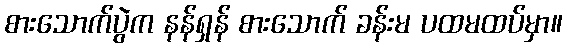
စားသောက်ပွဲက နန်ရှန် စားသောက် ခန်းမ ပထမထပ်မှာ။